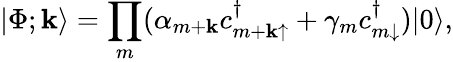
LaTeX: |\Phi;\mathbf{k}\rangle=\prod_{m}(\alpha_{m+\mathbf{k}}c_{{m+\mathbf{k}}\uparrow}^{\dagger}+\gamma_{m}c_{m\downarrow}^{\dagger})|0\rangle,